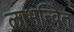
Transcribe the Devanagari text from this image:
लाभन्वित